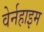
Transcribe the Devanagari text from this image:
वेर्नहाइम